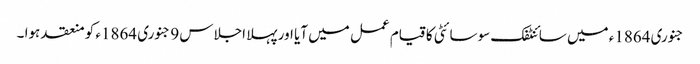
جنوری 1864ء میں سائنٹفک سوسائٹی کا قیام عمل میں آیا اور پہلا اجلاس 9 جنوری 1864ء کو منعقد ہوا ۔